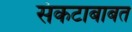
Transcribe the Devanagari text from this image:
संकटाबाबत